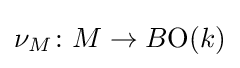
\nu _{M}\colon M\to B{\textrm {O}}(k)